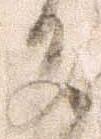
多